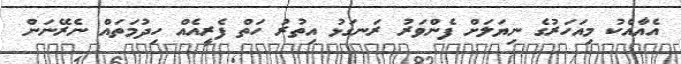
އެއާއެކު މިއަހަރުގެ ނިޔަލަށް ފެންވަރު ރަނގަޅު އިތުރު ހަތް ފެރީއެއް ހިދުމަތައް ނެރޭނަން